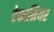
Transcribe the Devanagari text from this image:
रेकामियर